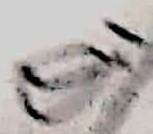
Text: Q1